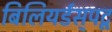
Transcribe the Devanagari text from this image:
बिलियर्डस्‌पटू